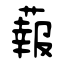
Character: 蕔